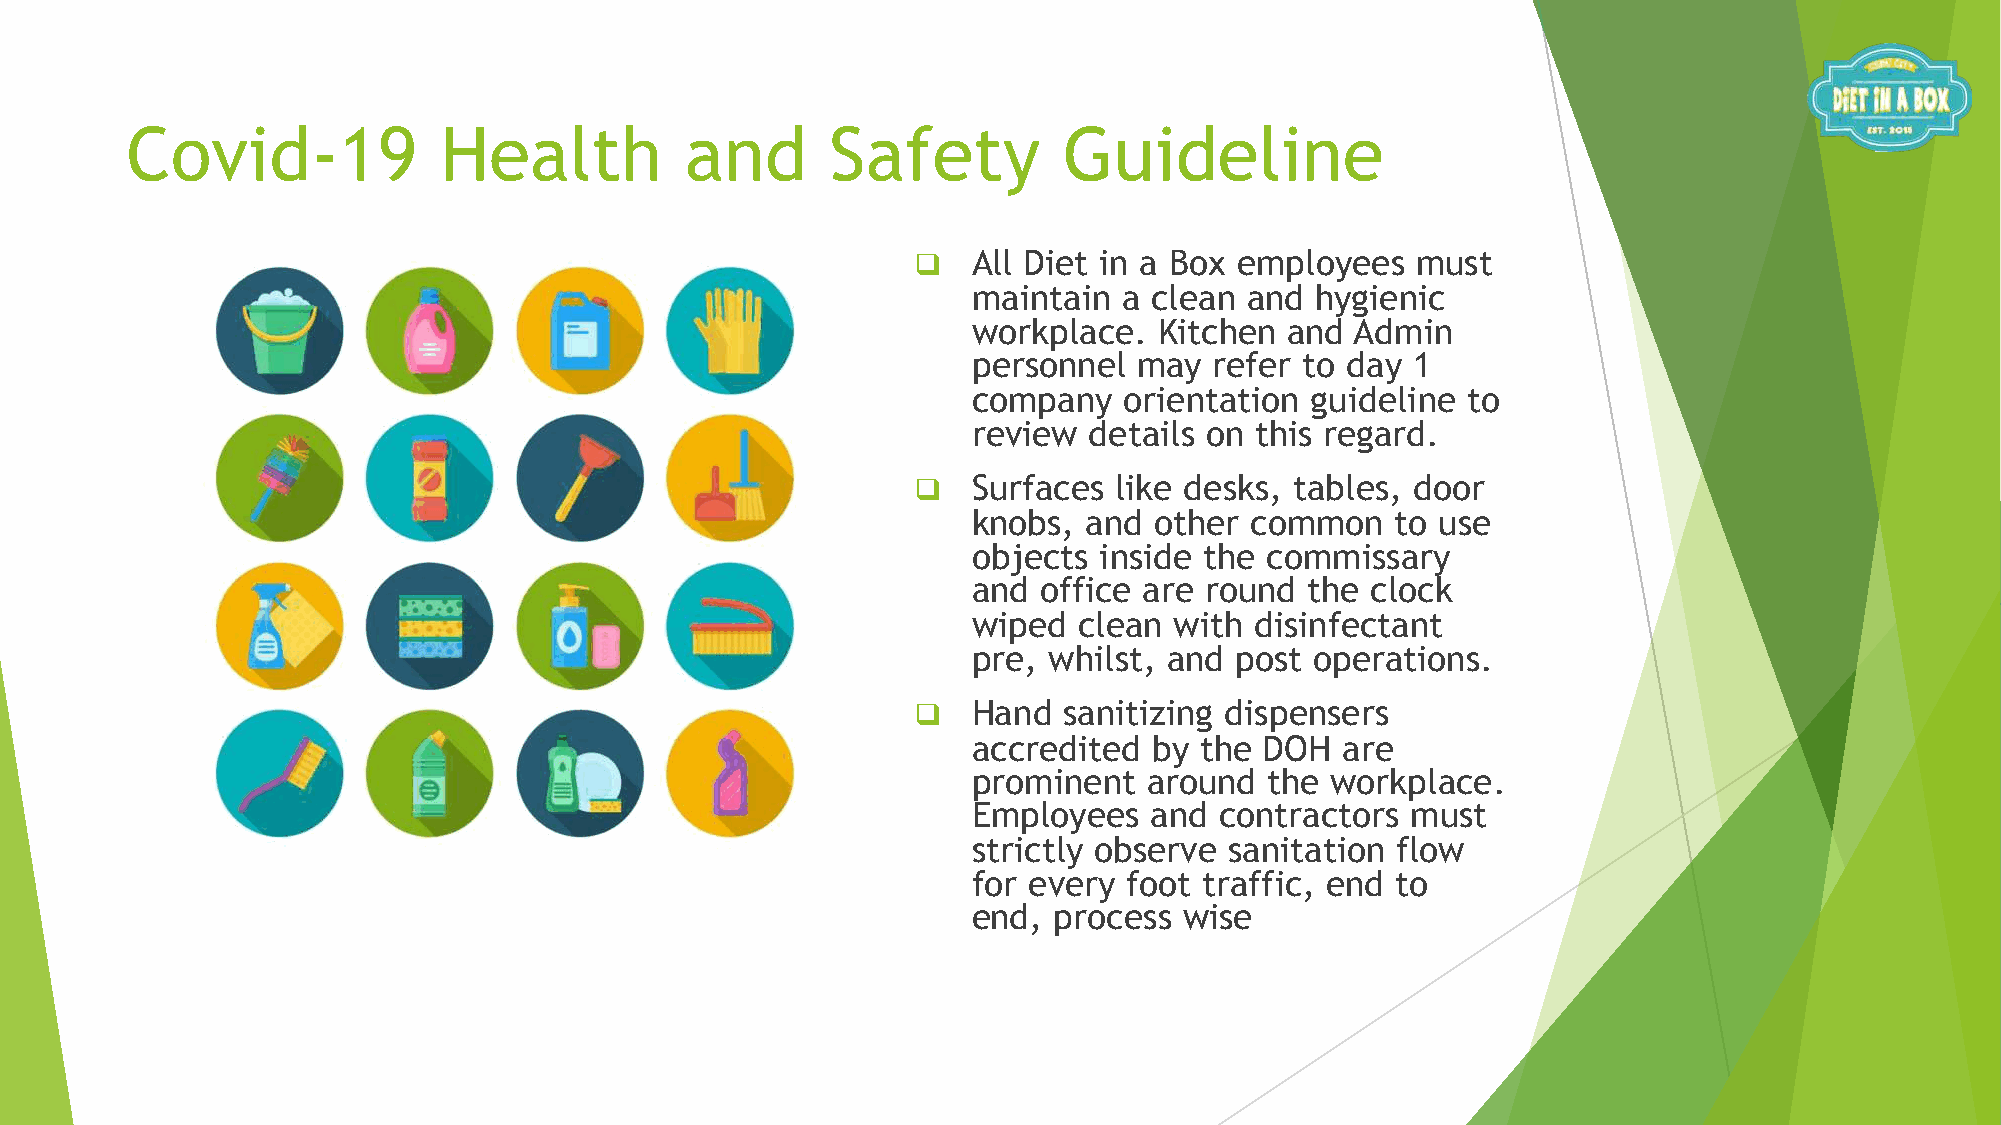
Covid-19             Health          and       Safety         Guideline
 q  All Diet in a Box employees   must
 maintain  a clean and  hygienic
 workplace.   Kitchen and  Admin
 personnel  may  refer to day  1
 company   orientation  guideline to
 review  details on this regard.
 q  Surfaces  like desks, tables, door
 knobs,  and other  common   to use
 objects  inside the commissary
 and  office are round the  clock
 wiped  clean  with disinfectant
 pre, whilst, and  post operations.
 q  Hand  sanitizing dispensers
 accredited  by the  DOH  are
 prominent   around  the workplace.
 Employees   and  contractors must
 strictly observe sanitation flow
 for every  foot traffic, end to
 end,  process wise